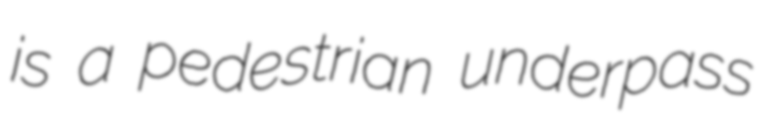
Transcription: is a pedestrian underpass